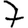
Digit: 7